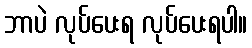
ဘာပဲ လုပ်ပေးရ လုပ်ပေးရပါ။